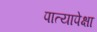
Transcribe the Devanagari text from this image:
पात्यापेक्षा